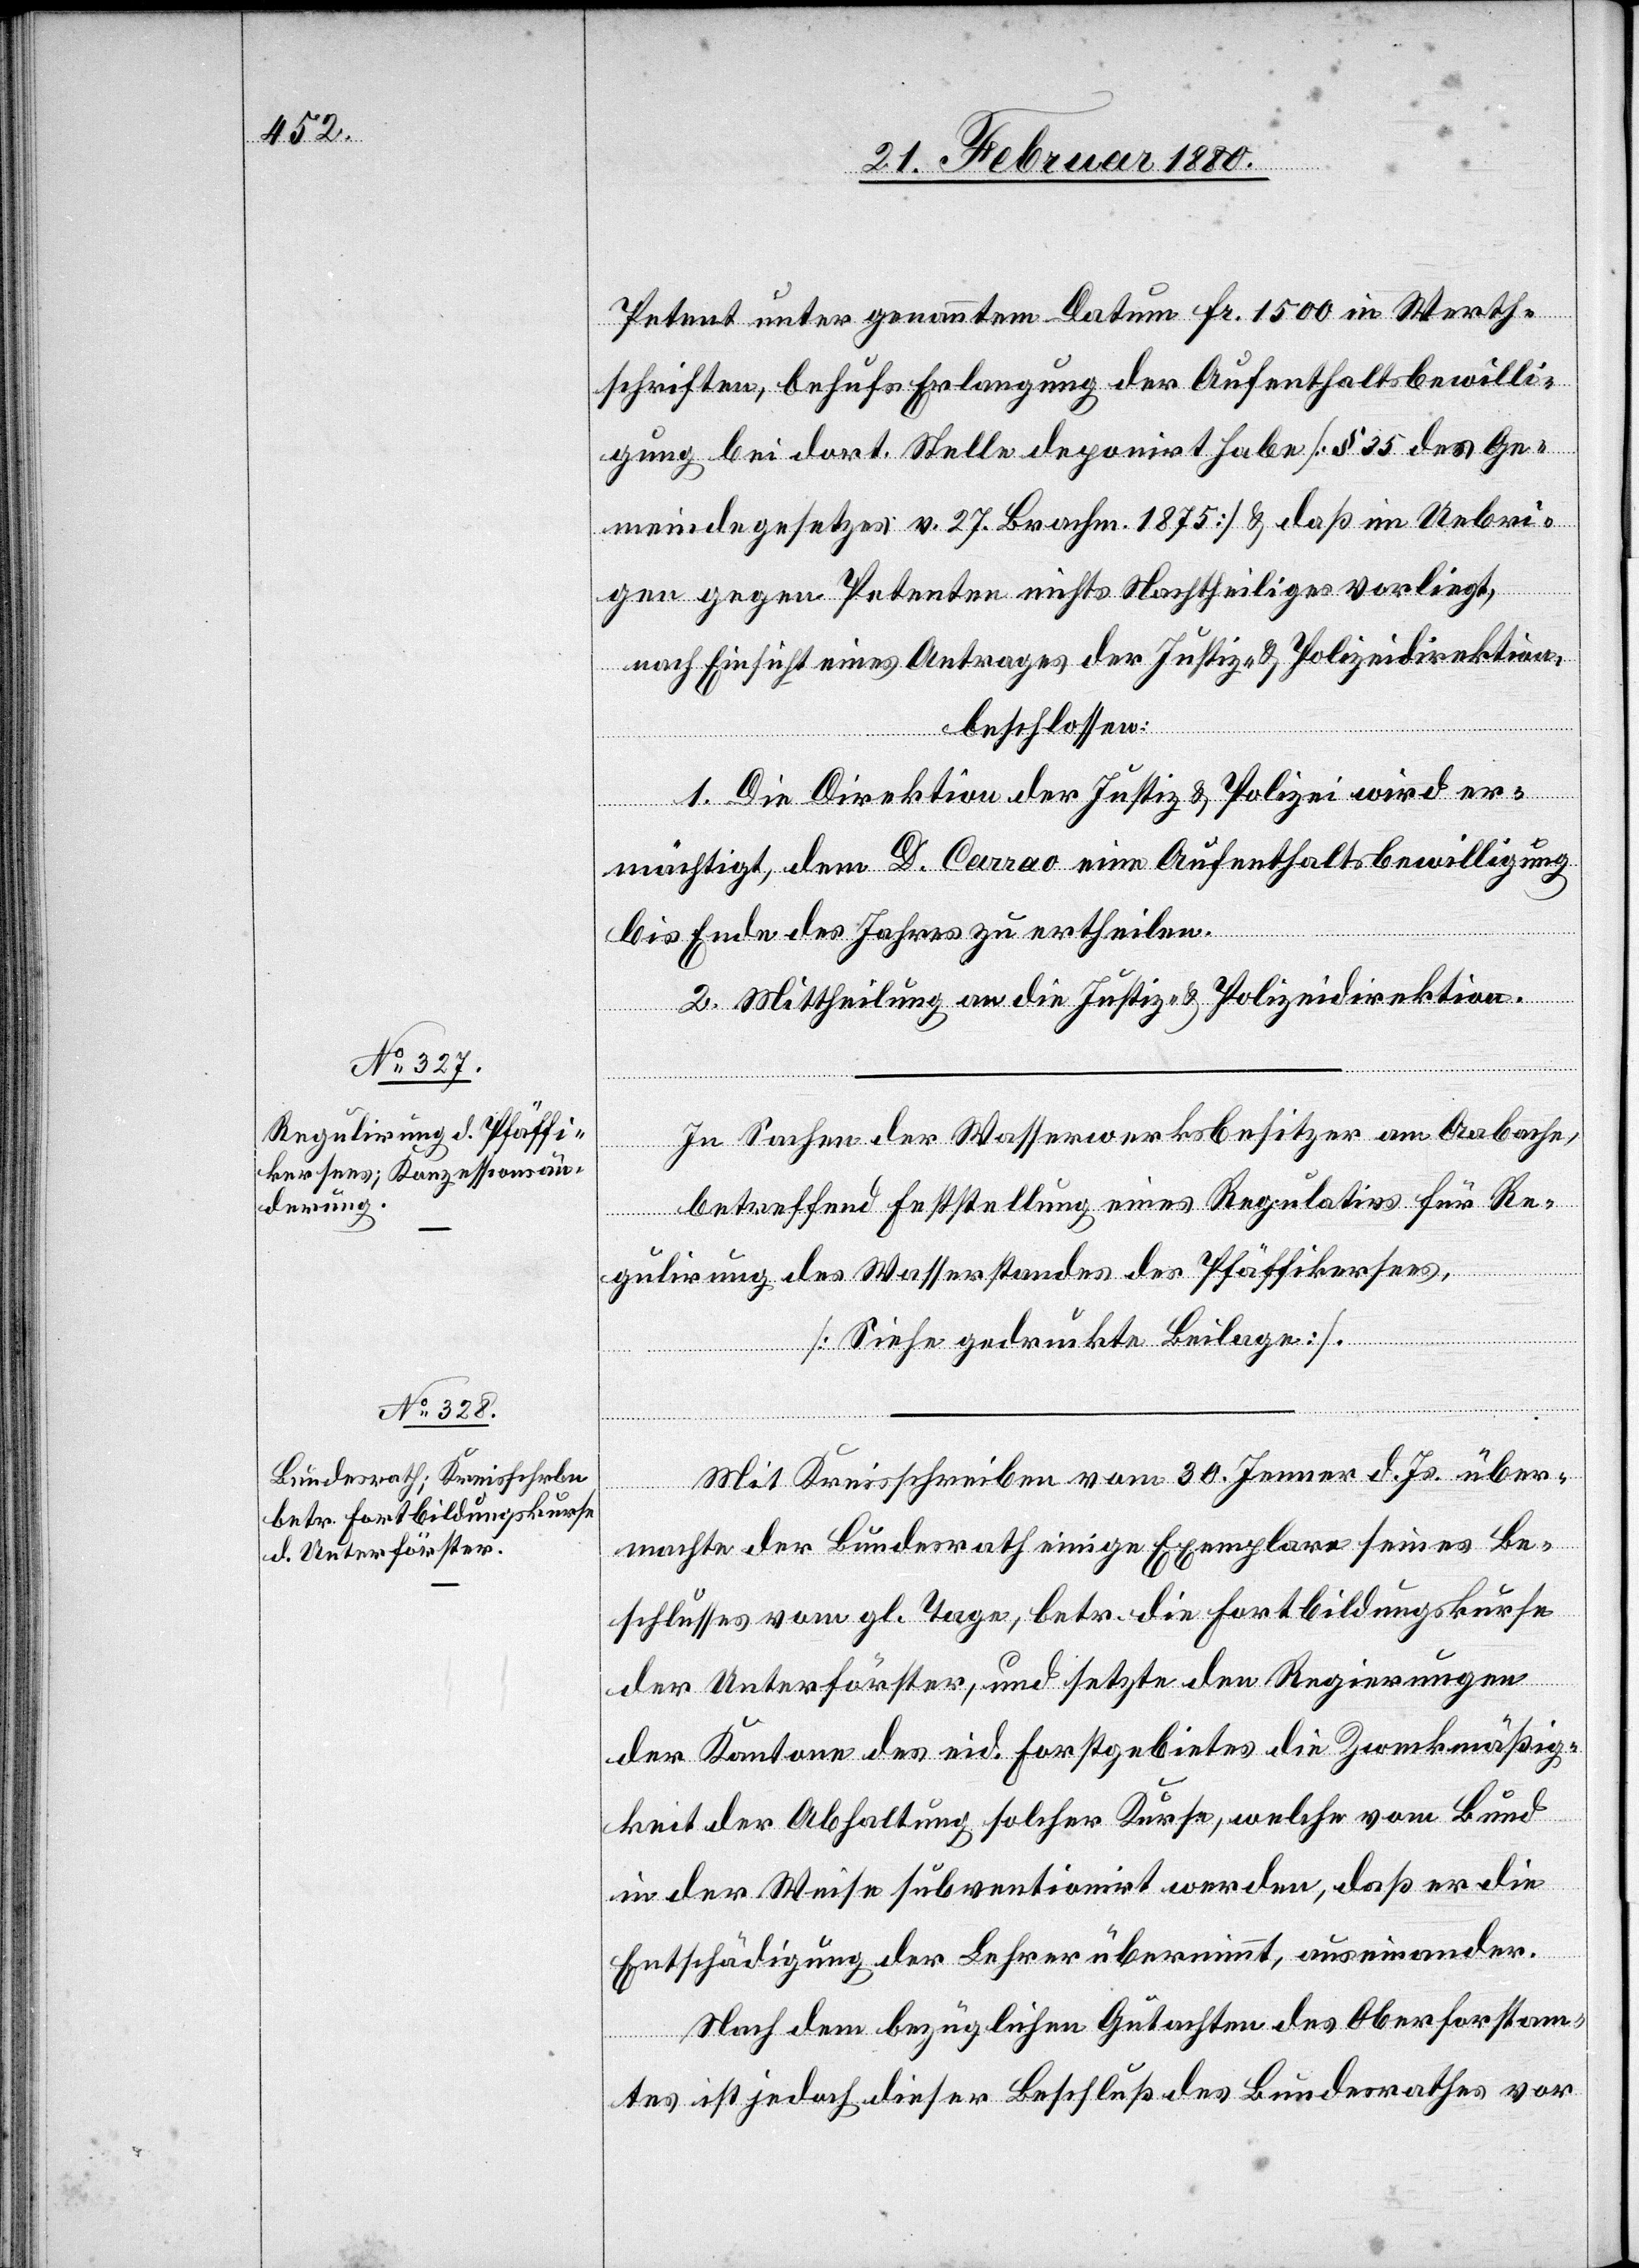
Petent unter genanntem Datum Fr. 1500 in Werth¬
schriften, behufs Erlangung der Aufenthaltsbewilli¬
gung bei dort. Stelle deponirt habe [§ 35 des Ge¬
meindegesetzes v. 27. Brachm. 1875] & daß im Uebri¬
gen gegen Petenten nichts Nachtheiliges vorliegt,
nach Einsicht eines Antrages der Justiz- & Polizeidirektion,
beschlossen:
1. Die Direktion der Justiz & Polizei wird er¬
mächtigt, dem D. Corrao eine Aufenthaltsbewilligung
bis Ende des Jahres zu ertheilen.
2. Mittheilung an die Justiz- & Polizeidirektion.
In Sachen der Wasserwerksbesitzer am Aabache,
betreffend Feststellung eines Regulatics für Re¬
gulirung des Wasserstandes des Pfäffikersees,
[Siehe gedruckte Beilage].
Mit Kreisschreiben vom 30. Jenner d. Js. über¬
machte der Bundesrath einige Exemplare seines Be¬
schlusses vom gl. Tage, betr. die Fortbildungskurse
der Unterförster, und setzte den Regierungen
der Kantone des eid. Forstgebietes die Zweckmäßig¬
keit der Abhaltung solcher Kurse, welche vom Bund
in der Weise subventionirt werden, daß er die
Entschädigung der Lehrer übernimmt, auseinander.
Nach dem bezüglichen Gutachten des Oberforstam¬
tes ist jedoch dieser Beschluß des Bundesrathes vor